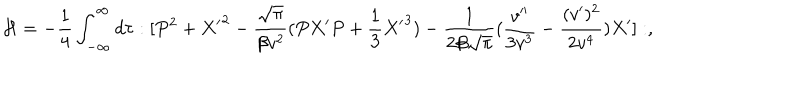
{ \cal H } = - \frac { 1 } { 4 } \int _ { - \infty } ^ { \infty } d \tau : [ P ^ { 2 } + { X ^ { \prime } } ^ { 2 } - \frac { \sqrt { \pi } } { \beta v ^ { 2 } } ( P X ^ { \prime } P + \frac { 1 } { 3 } { X ^ { \prime } } ^ { 3 } ) - \frac { 1 } { 2 \beta \sqrt { \pi } } ( \frac { v ^ { \prime \prime } } { 3 v ^ { 3 } } - \frac { ( v ^ { \prime } ) ^ { 2 } } { 2 v ^ { 4 } } ) X ^ { \prime } ] : ,